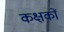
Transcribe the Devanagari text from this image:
कक्षकों